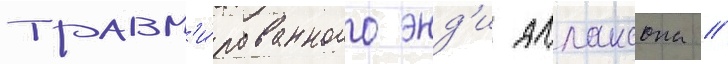
травм'и́рованного энд'и аллансона //